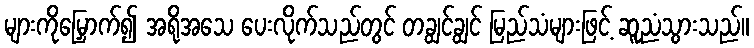
များကိုမြှောက်၍ အရိုအသေ ပေးလိုက်သည်တွင် တချွင်ချွင် မြည်သံများဖြင့် ဆူညံသွားသည်။